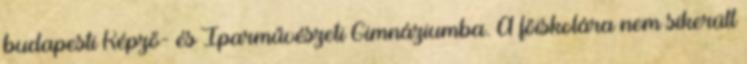
budapesti Képző- és Iparművészeti Gimnáziumba. A főiskolára nem sikerült